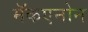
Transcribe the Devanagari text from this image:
मॅकएनोन